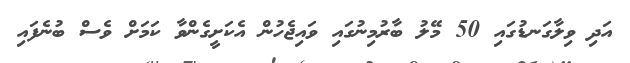
އަދި ވިލާގަނޑުގައި 50 މޭލު ބާރުމިނުގައި ވައިޖެހުން އެކަށީގެންވާ ކަމަށް ވެސް ބުނެފައި